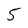
Character: 5